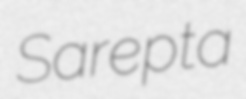
Sarepta